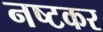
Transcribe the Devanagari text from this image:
नष्टकर